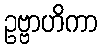
ဥဗ္ဗာဟိကာ